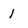
Character: 1